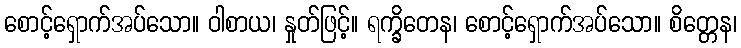
စောင့်ရှောက်အပ်သော။ ဝါစာယ၊ နှုတ်ဖြင့်။ ရက္ခိတေန၊ စောင့်ရှောက်အပ်သော။ စိတ္တေန၊